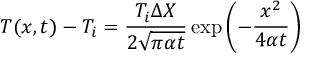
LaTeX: T ( x , t ) - T _ { i } = { \frac { T _ { i } \Delta X } { 2 { \sqrt { \pi \alpha t } } } } \exp \left( - { \frac { x ^ { 2 } } { 4 \alpha t } } \right)